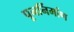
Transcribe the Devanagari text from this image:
पूनर्निर्माण